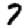
Digit: 7